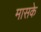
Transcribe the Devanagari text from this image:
मासके